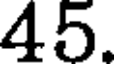
45.